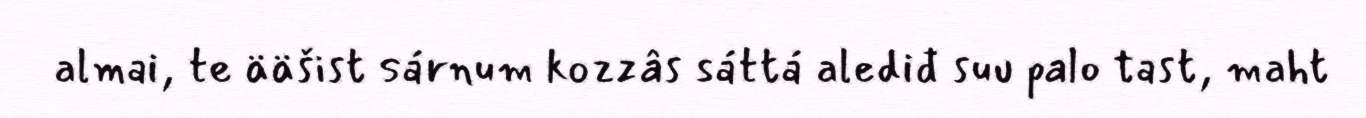
almai, te ääšist sárnum kozzâs sáttá alediđ suu palo tast, maht